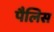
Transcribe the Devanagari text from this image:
पैलिस